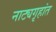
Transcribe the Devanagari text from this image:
नाट्यगृहांत